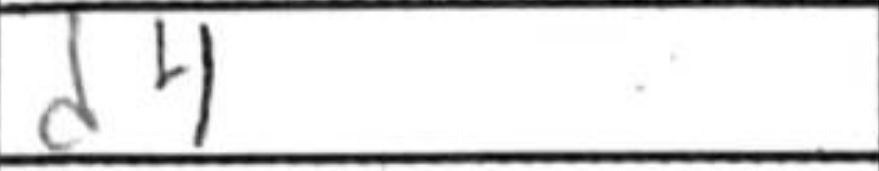
Transcription: d4